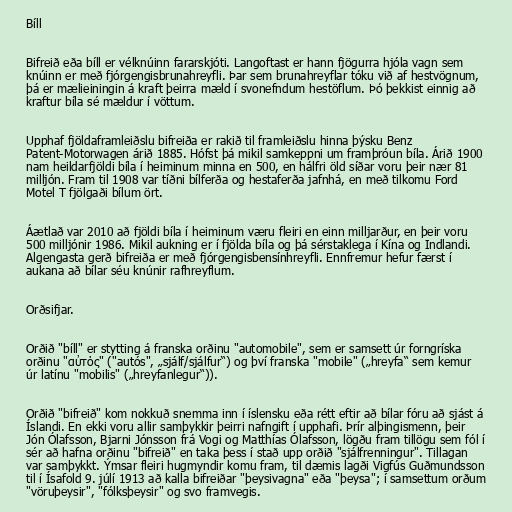
Bíll

Bifreið eða bíll er vélknúinn fararskjóti. Langoftast er hann fjögurra hjóla vagn sem
knúinn er með fjórgengisbrunahreyfli. Þar sem brunahreyflar tóku við af hestvögnum,
þá er mælieiningin á kraft þeirra mæld í svonefndum hestöflum. Þó þekkist einnig að
kraftur bíla sé mældur í vöttum.

Upphaf fjöldaframleiðslu bifreiða er rakið til framleiðslu hinna þýsku Benz
Patent-Motorwagen árið 1885. Hófst þá mikil samkeppni um framþróun bíla. Árið 1900
nam heildarfjöldi bíla í heiminum minna en 500, en hálfri öld síðar voru þeir nær 81
milljón. Fram til 1908 var tíðni bílferða og hestaferða jafnhá, en með tilkomu Ford
Motel T fjölgaði bílum ört.

Áætlað var 2010 að fjöldi bíla í heiminum væru fleiri en einn milljarður, en þeir voru
500 milljónir 1986. Mikil aukning er í fjölda bíla og þá sérstaklega í Kína og Indlandi.
Algengasta gerð bifreiða er með fjórgengisbensínhreyfli. Ennfremur hefur færst í
aukana að bílar séu knúnir rafhreyflum.

Orðsifjar.

Orðið "bíll" er stytting á franska orðinu "automobile", sem er samsett úr forngríska
orðinu "αὐτός" ("autós", „sjálf/sjálfur“) og því franska "mobile" („hreyfa“ sem kemur
úr latínu "mobilis" („hreyfanlegur“)).

Orðið "bifreið" kom nokkuð snemma inn í íslensku eða rétt eftir að bílar fóru að sjást á
Íslandi. En ekki voru allir samþykkir þeirri nafngift í upphafi. Þrír alþingismenn, þeir
Jón Ólafsson, Bjarni Jónsson frá Vogi og Matthías Ólafsson, lögðu fram tillögu sem fól í
sér að hafna orðinu "bifreið" en taka þess í stað upp orðið "sjálfrenningur". Tillagan
var samþykkt. Ýmsar fleiri hugmyndir komu fram, til dæmis lagði Vigfús Guðmundsson
til í Ísafold 9. júlí 1913 að kalla bifreiðar "þeysivagna" eða "þeysa"; í samsettum orðum
"vöruþeysir", "fólksþeysir" og svo framvegis.